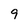
Character: 9